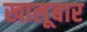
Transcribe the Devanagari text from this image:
खालूबार